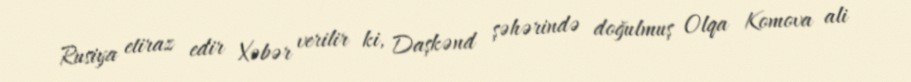
Rusiya etiraz edir Xəbər verilir ki, Daşkənd şəhərində doğulmuş Olqa Komova ali